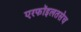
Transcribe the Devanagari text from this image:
एरफॉइलतसेच